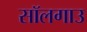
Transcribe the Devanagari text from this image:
सॉलगाउ